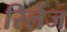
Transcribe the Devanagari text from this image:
रिलेज